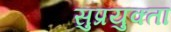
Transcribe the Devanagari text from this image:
सुप्रयुक्ता